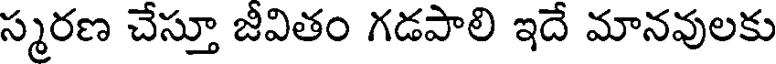
స్మరణ చేస్తూ జీవితం గడపాలి ఇదే మానవులకు